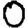
Digit: 0